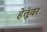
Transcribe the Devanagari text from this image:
हेतूंवर